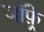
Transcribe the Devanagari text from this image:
जाॅफ़्रे